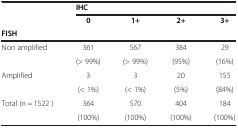
|  | IHC |  |  |  |
 | FISH | 0 | 1+ | 2+ | 3+ |
 | --- | --- | --- | --- | --- |
 | <ROWSPAN=2> Non amplified | 361 | 567 | 384 | 29 |
 | (> 99%) | (> 99%) | (95%) | (16%) |
 | <ROWSPAN=2> Amplified | 3 | 3 | 20 | 155 |
 | (< 1%) | (< 1%) | (5%) | (84%) |
 | <ROWSPAN=2> Total (n = 1522 ) | 364 | 570 | 404 | 184 |
 | (100%) | (100%) | (100%) | (100%) |